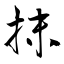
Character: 抹